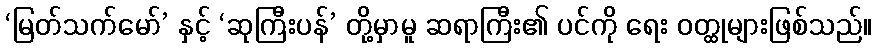
‘မြတ်သက်မော်’ နှင့် ‘ဆုကြီးပန်’ တို့မှာမူ ဆရာကြီး၏ ပင်ကို ရေး ဝတ္ထုများဖြစ်သည်။